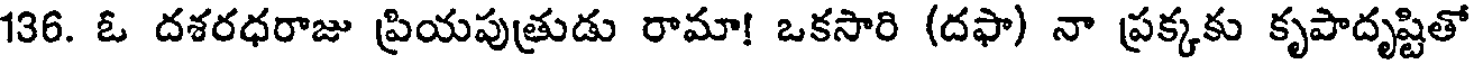
136. ఓ దశరధరాజు ప్రియపుత్రుడు రామా! ఒకసారి (దఫా) నా ప్రక్కకు కృపాదృష్టితో